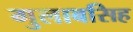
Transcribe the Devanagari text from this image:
गुलाबसिह